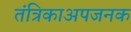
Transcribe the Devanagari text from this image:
तंत्रिकाअपजनक